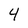
Character: 4